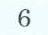
6